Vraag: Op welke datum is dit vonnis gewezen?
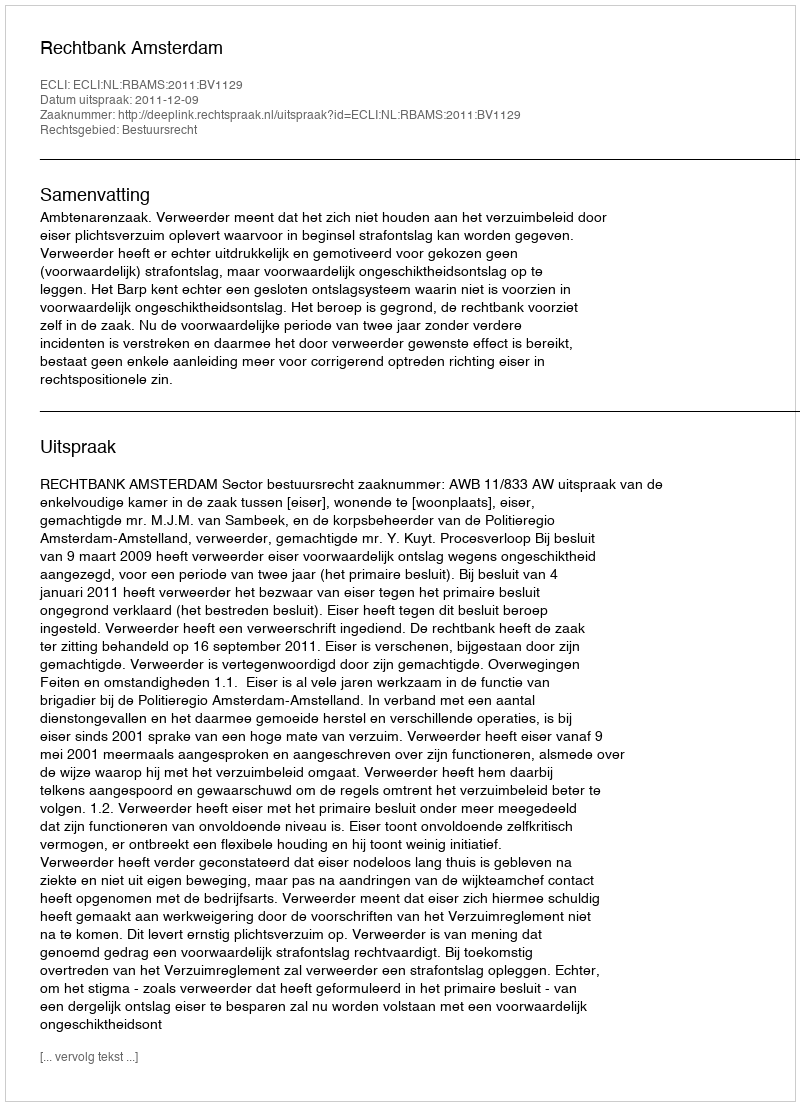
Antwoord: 2011-12-09